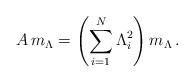
LaTeX: \begin{align*}A\, m_\Lambda=\left(\sum_{i=1}^N\Lambda_i^2 \right) m_\Lambda \, .\end{align*}